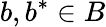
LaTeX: b,b^{*}\in B